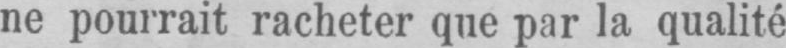
ne pourrait racheter que par la qualité